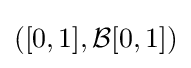
([0,1],{\mathcal {B}}[0,1])